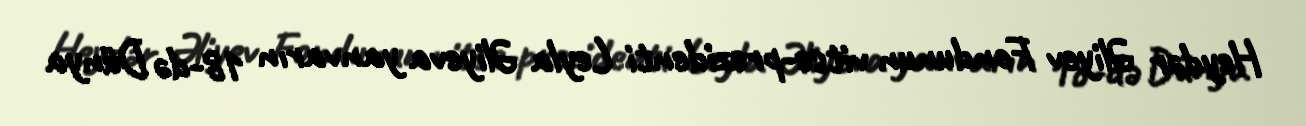
Heydər Əliyev Fondunun vitse-prezidenti Leyla Əliyeva yanvarın 18-də Dünya